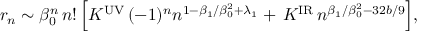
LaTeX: r _ { n } \sim \beta _ { 0 } ^ { n } \, n ! \, \Big [ K ^ { \mathrm { U V } } \, ( - 1 ) ^ { n } n ^ { 1 - \beta _ { 1 } / \beta _ { 0 } ^ { 2 } + \lambda _ { 1 } } + \, K ^ { \mathrm { I R } } \, n ^ { \beta _ { 1 } / \beta _ { 0 } ^ { 2 } - 3 2 b / 9 } \Big ] ,